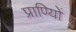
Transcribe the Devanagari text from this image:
प्राण्यिों